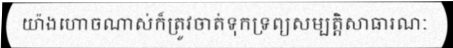
យ៉ាងហោចណាស់ក៏ត្រូវចាត់ទុកទ្រព្យសម្បត្តិសាធារណៈ